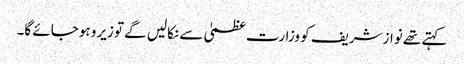
کہتے تھے نوازشریف کو وزارت عظمیٰ سے نکالیں گے توزیرو ہوجائے گا۔